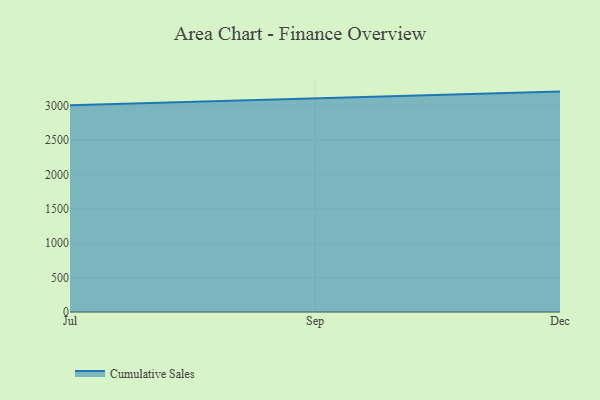
{"axis": {"x": "Month", "y": "Active Users"}, "legend": ["Cumulative Sales"], "data": [{"x": "Jul", "y": 3008.7, "type": "Cumulative Sales"}, {"x": "Sep", "y": 3110.5, "type": "Cumulative Sales"}, {"x": "Dec", "y": 3207.8, "type": "Cumulative Sales"}]}